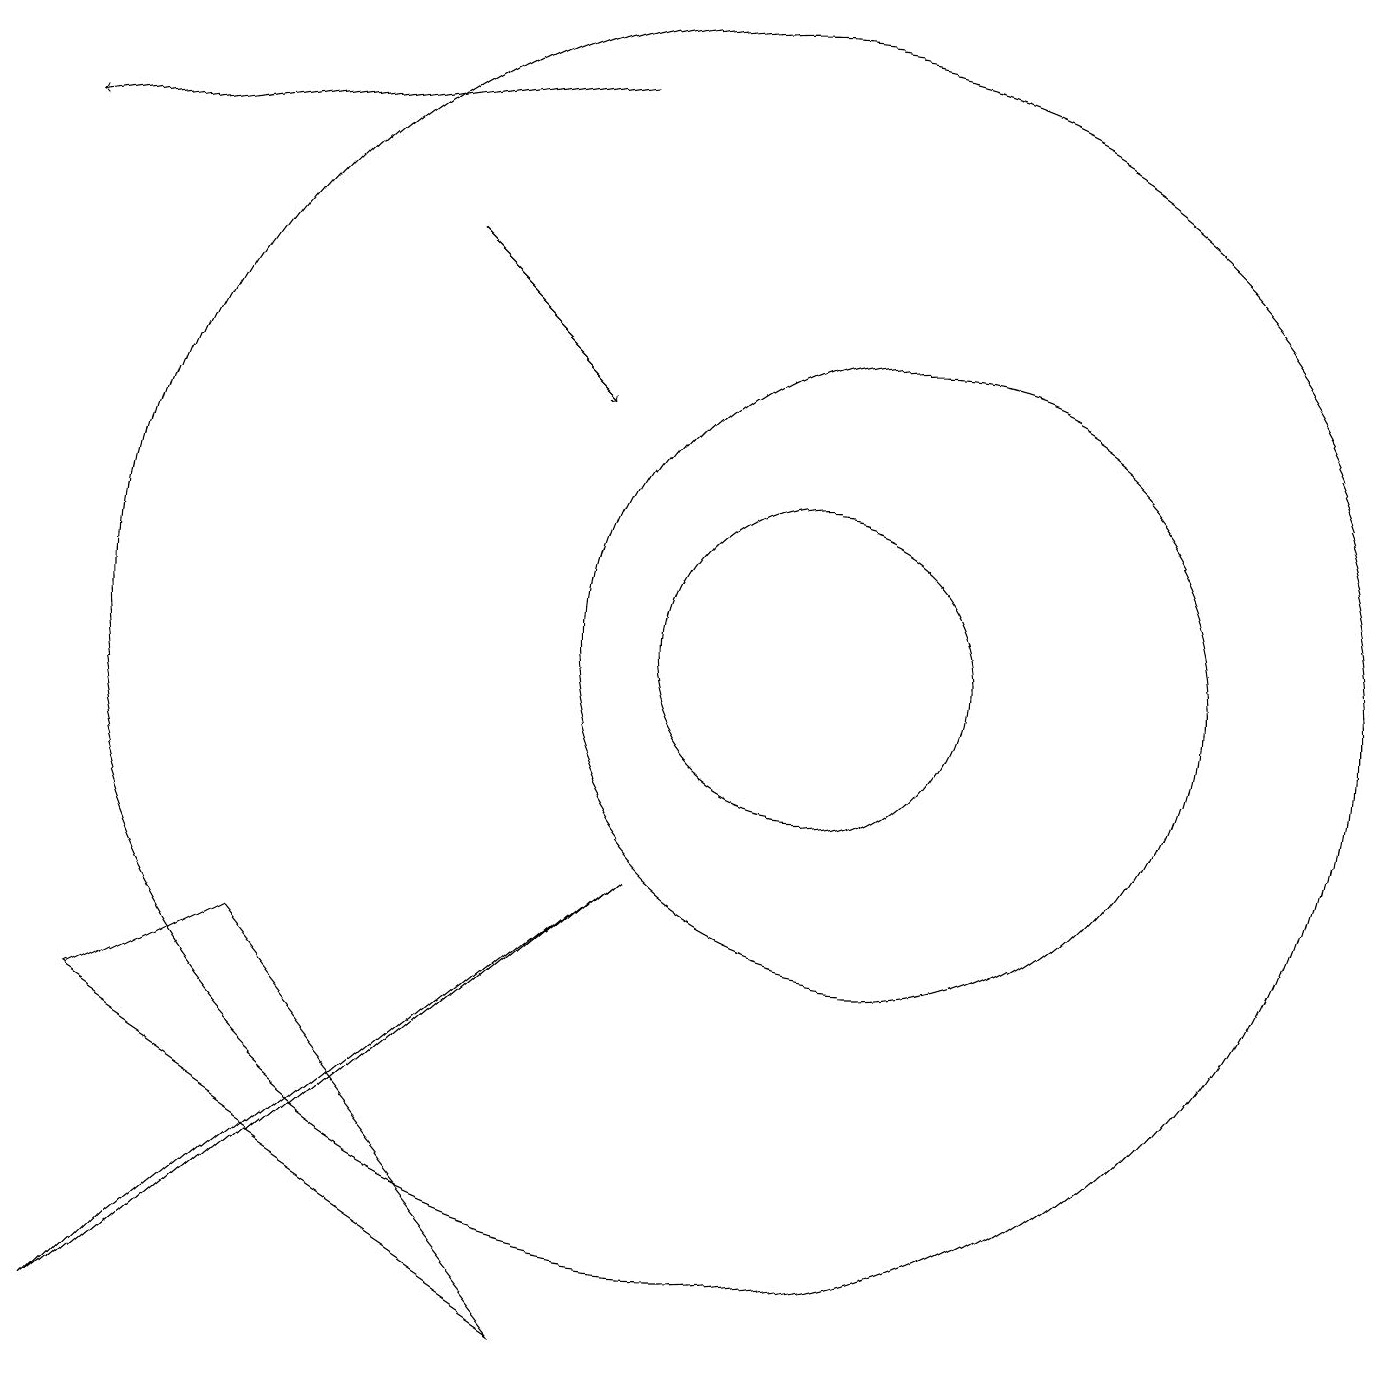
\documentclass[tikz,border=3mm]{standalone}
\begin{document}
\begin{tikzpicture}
\draw (8,2) -- (4,7) -- (2,6) -- cycle;
\draw[->] (6,16) -- (8,14);
\draw[->] (8,18) -- (1,17);
\draw (9,8) -- (3,3) -- (2,2) -- cycle;
\draw (10,11) circle (8);
\draw (11,11) circle (2);
\draw (12,11) circle (4);
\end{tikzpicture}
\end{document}